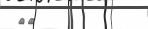
٢٢